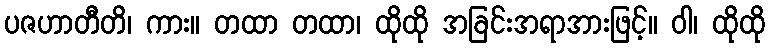
ပဇဟာတီတိ၊ ကား။ တထာ တထာ၊ ထိုထို အခြင်းအရာအားဖြင့်။ ဝါ၊ ထိုထို